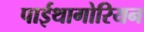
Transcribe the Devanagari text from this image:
पाईथागोरियन